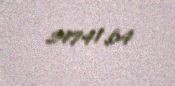
24741,64